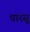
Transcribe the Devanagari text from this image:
धारसू